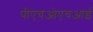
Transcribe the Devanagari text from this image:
पीएचओएचआई